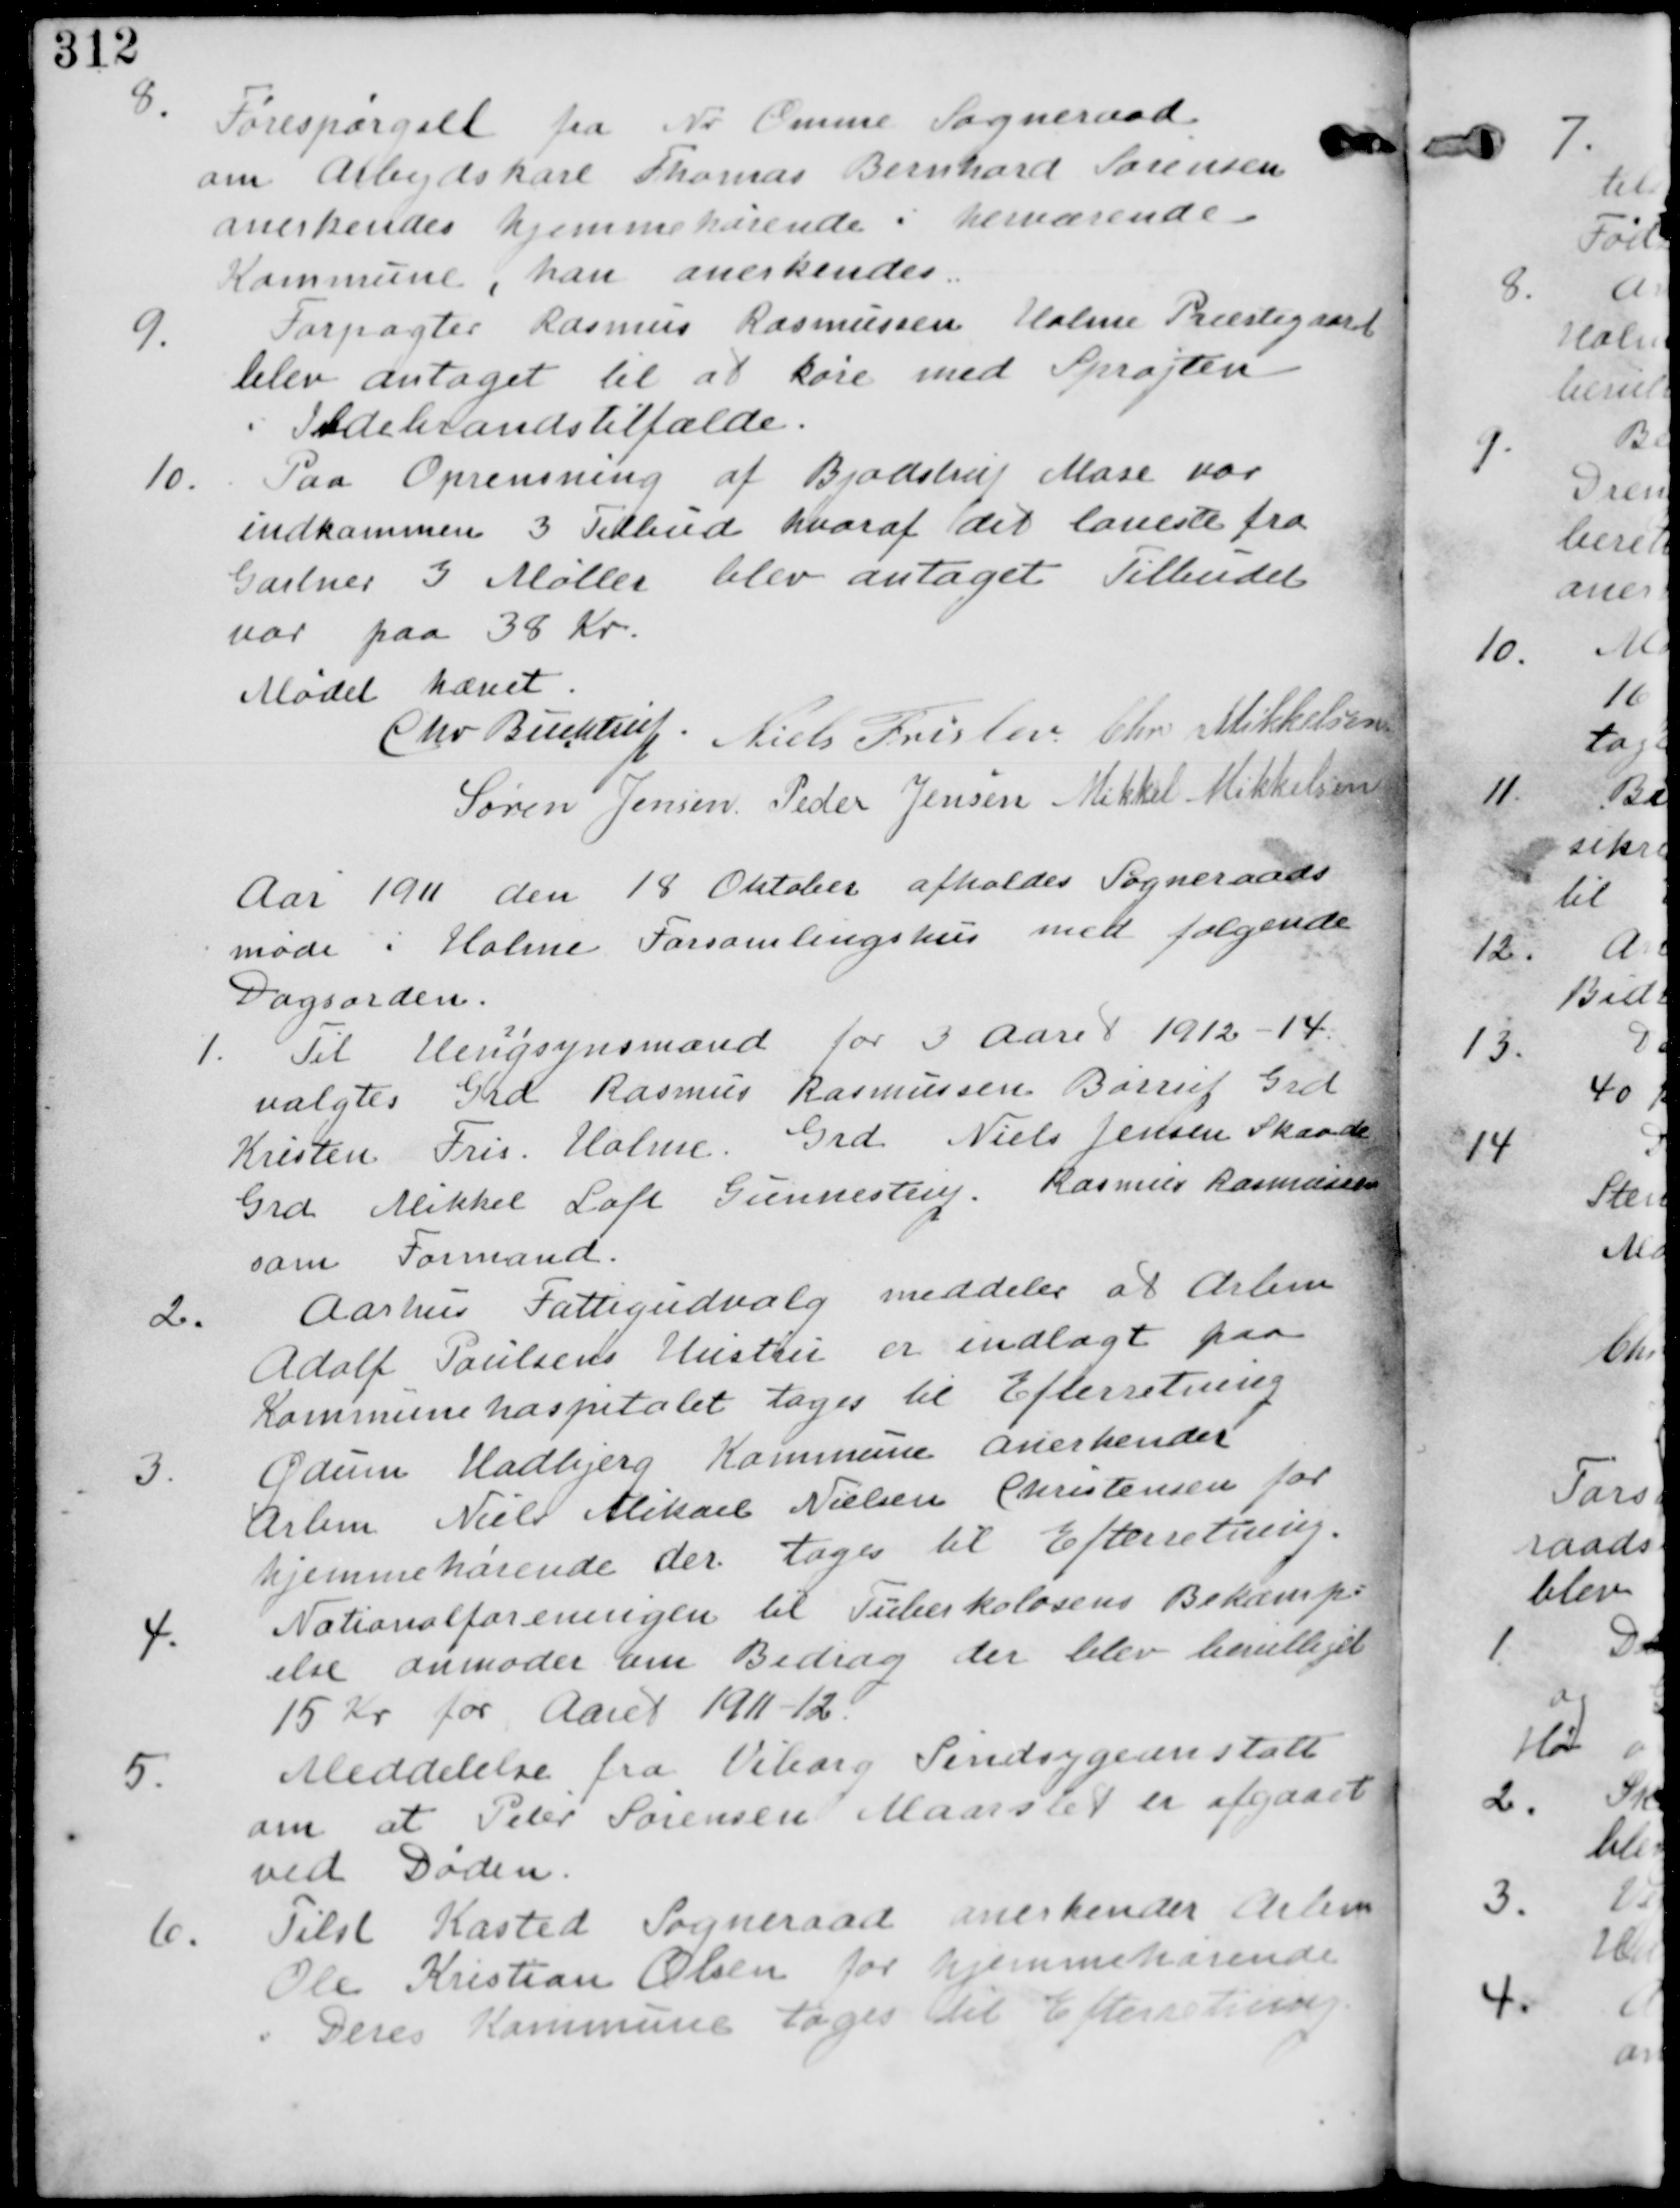
Transskription:
8.
Forespørgsel fra Nr. Omme Sogneraad
om Arbejdskarl Thomas Sørensen
anerkendes hjemmehørende i herværende
Kommune, han anerkendes

9.
Forpagter Rasmus Rasmussen Holme Præstegaard
blev antaget til at køre med Sprøjten
i Ildebrandstilfælde.

10. Paa Oprensning af Bjødstrup Mose var
indkommen 3 Tilbud hvoraf det laveste fra
Gartner I. Møller blev antaget Tilbudet
var paa 38 Kr.

Mødet hævet.

Chr. Buchtrup. Niels Frislev Chr. Mikkelsen

Søren Jensen Peder Jensen Mikkel Mikkelsen

Aar 1911 den 18 Oktober afholdes Sogneraads
møde i Holme Forsamlingshus med følgende
Dagsorden.

1. Til Hengsynsmænd for 3 Aar 1912-14
valgtes Grd Rasmus Rasmussen Barrit Grd
Kristen Fris Holme. Grd Niels Jensen Skaade
Grd Mikkel Loft Gunnestrup. Rasmus Rasmussen
som Formand.

2.
Aarhus Fattigudvalg meddeler at Arbm
Adolf Paulsens Hustru er indlagt paa
Kommunehospitalet tages til Efterretning

3.
Ødum Hadbjerg Kommune anerkender
Arbm Niels Mikael Nielsen Christensen for
hjemmehørende der tages til Efterretning.

4.
Nationalforeningen til Tuberkulosens Bekæmp
else anmoder om Bidrag der blev bevilliget
15 Kr for Aaret 1911-12

5. Meddelelse fra Viborg Sindsygeanstalt
om at Peter Sørensen i Maarslet er afgaaet
ved Døden

6. Tilst Kasted Sogneraad anerkender Arbm
Ole Kristian Olsen for Hjemmehørende
i Deres Kommune tages til Efterretning